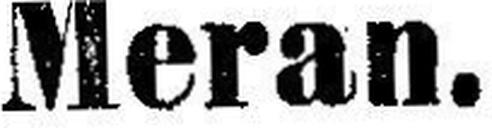
Meran.